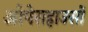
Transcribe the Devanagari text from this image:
ओपेराहाउसों